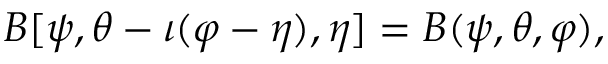
B [ \psi , \theta - \iota ( \varphi - \eta ) , \eta ] = B ( \psi , \theta , \varphi ) ,